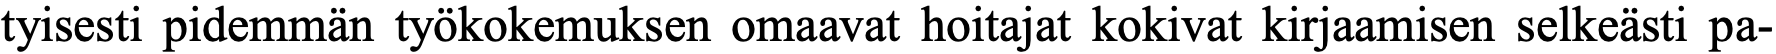
tyisesti pidemmän työkokemuksen omaavat hoitajat kokivat kirjaamisen selkeästi pa-